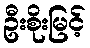
ဦးစိုးမြင့်